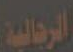
الرجالية